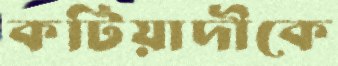
কটিয়াদীকে